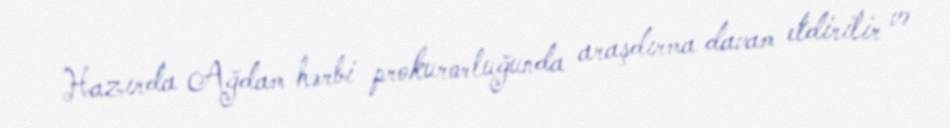
Hazırda Ağdam hərbi prokurorluğunda araşdırma davam etdirilir və